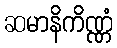
ဆမာနိကိဏ္ဏံ